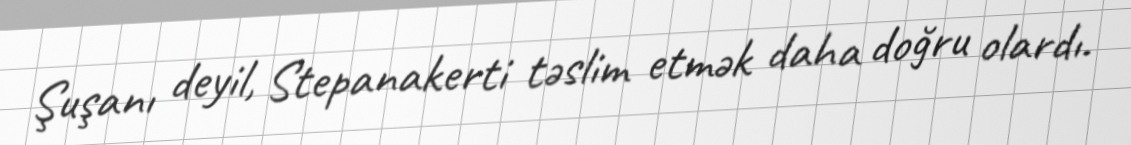
Şuşanı deyil, Stepanakerti təslim etmək daha doğru olardı.